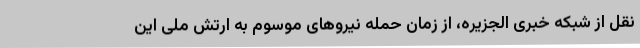
نقل از شبکه خبری الجزیره، از زمان حمله نیروهای موسوم به ارتش ملی این